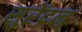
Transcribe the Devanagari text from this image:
सुरेंद्रन्